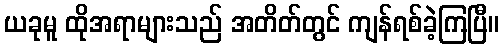
ယခုမူ ထိုအရာများသည် အတိတ်တွင် ကျန်ရစ်ခဲ့ကြပြီ။